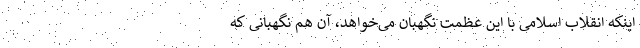
اینکه انقلاب اسلامی با این عظمت نگهبان می‌خواهد، آن هم نگهبانی که